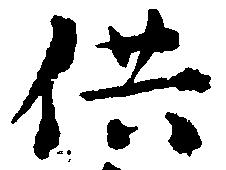
供